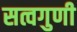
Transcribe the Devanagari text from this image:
सत्वगुणी